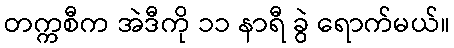
တက္ကစီက အဲဒီကို ၁၁ နာရီ ခွဲ ရောက်မယ်။